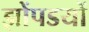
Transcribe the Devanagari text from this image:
झोंपडयों